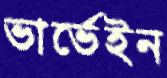
ভার্ভেইন